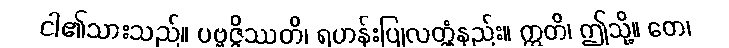
ငါ၏သားသည်။ ပဗ္ဗဇ္ဇိဿတိ၊ ရဟန်းပြုလတ္တံ့နည်း။ ဣတိ၊ ဤသို့။ တေ၊